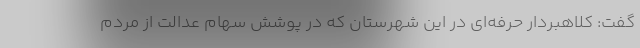
گفت: کلاهبردار حرفه‌ای در این شهرستان که در پوشش سهام عدالت از مردم